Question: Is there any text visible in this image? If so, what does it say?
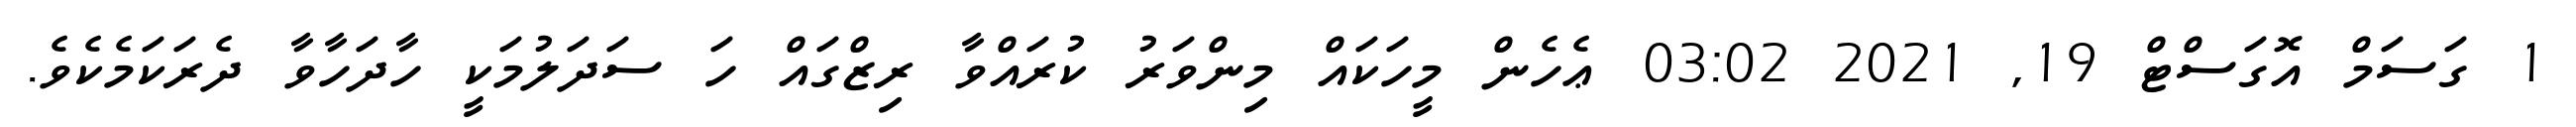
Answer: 1 ގަސަމް އޮގަސްޓް 19, 2021 03:02 ޢެހެން މީހަކައް މިންވަރު ކުރައްވާ ރިޒްގައް ހަ ސަދަލުމަކީ ހާދަހާވާ ދެރަކަމެކެވެ.